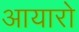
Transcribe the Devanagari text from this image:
आयारो